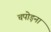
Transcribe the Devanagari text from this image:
चपोड़ना